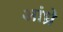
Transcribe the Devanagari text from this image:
आंध्रे